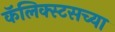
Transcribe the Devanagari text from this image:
कॅलिक्स्टसच्या